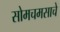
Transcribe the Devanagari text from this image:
सोमचमसाचे